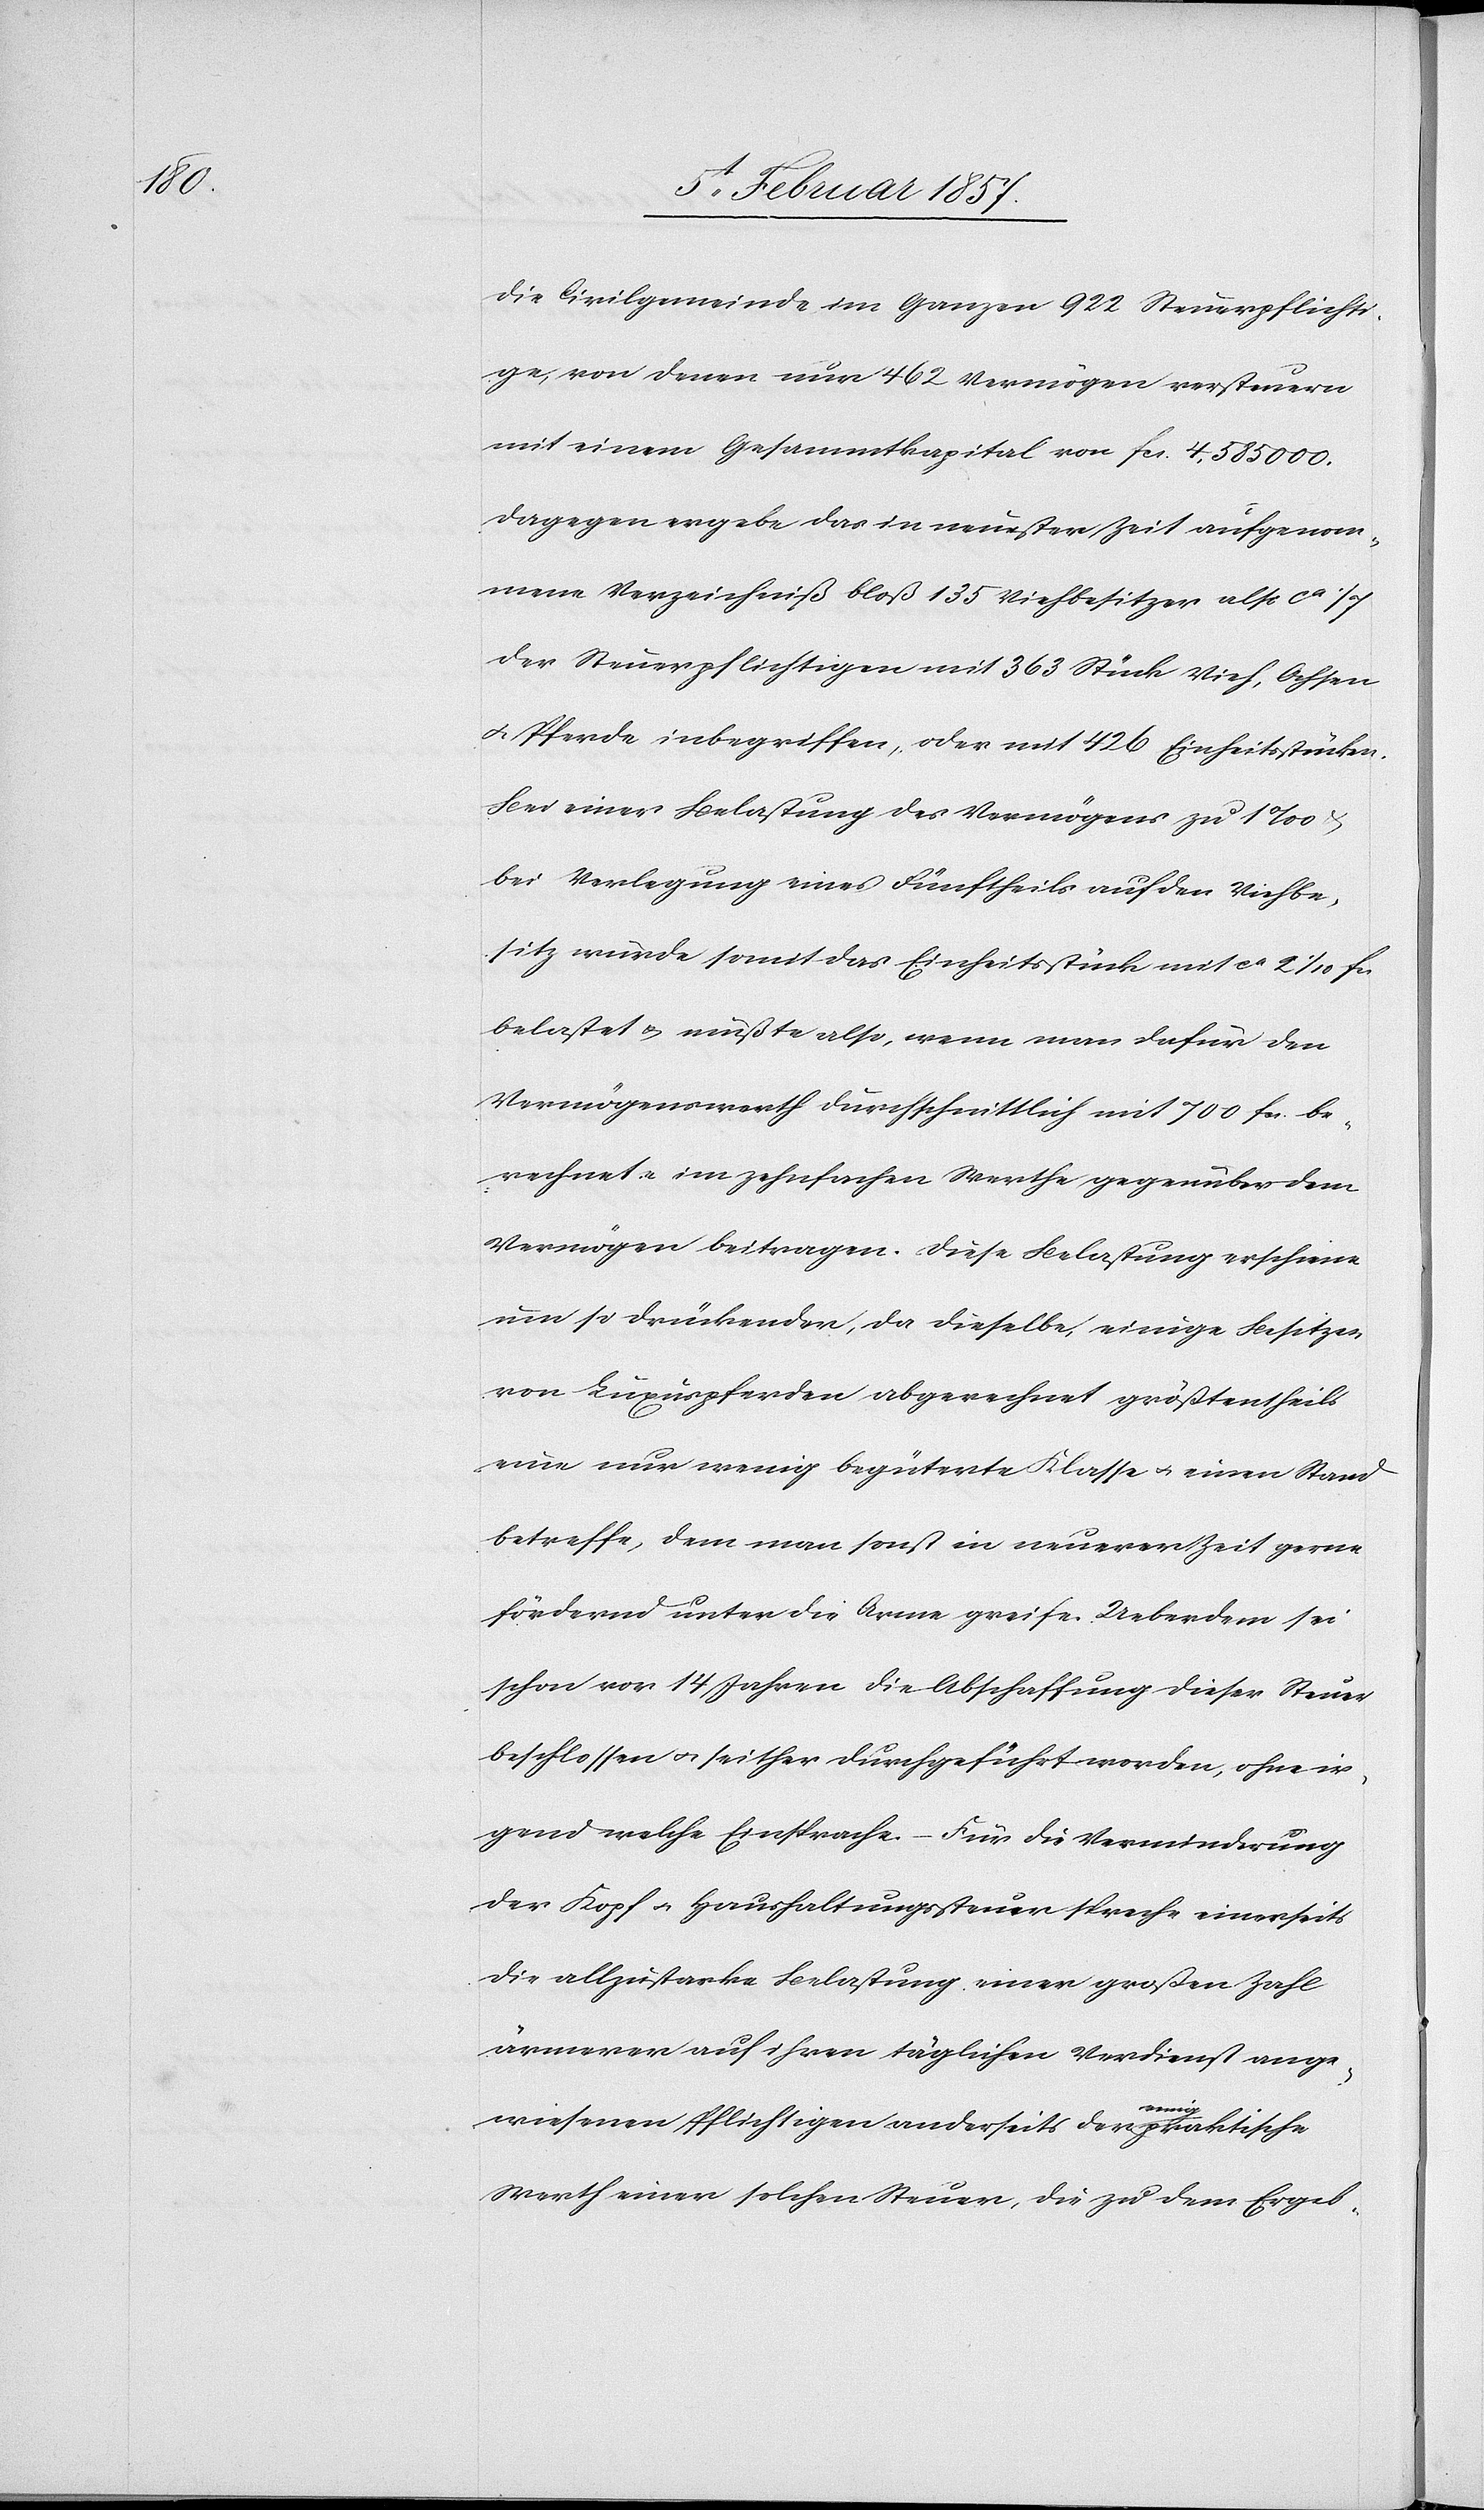
die Civilgemeinde im Ganzen 922 Steuerpflichti¬
ge von denen nur 462 Vermögen versteuern
mit einem Gesammtkapital von fcs. 4,585 000.
Dagegen ergebe das in neuster Zeit aufgenom¬
mene Verzeichniß bloß 135 Viehbesitzer also ca 1/7
der Steuerpflichtigen mit 363 Stück Vieh, Ochsen
u. Pferde inbegriffen, oder mit 426 Einheitsstücken.
Bei einer Belastung des Vermögens zu 1 ‰
Verlegung eines Fünftheils auf den Viehbe¬
sitz wurde somit das Einheitsstück mit ca 2 1/10 fcs
belastet & müßte also, wenn man dafür den
Vermögenswerth durchschnittlich mit 700 fcs. be¬
rechnete im zehnfachen Werthe gegenüber dem
Vermögen beitragen. Diese Belastung erscheine
um so drückender, da dieselbe, einige Besitzer
von Luxuspferden abgerechnet größtentheils
eine nur wenig begüterte Klasse u. einen Stand
betreffe, dem man sonst in neuerer Zeit gerne
fördernd unter die Arme greife. Ueberdem sei
schon vor 14 Jahren die Abschaffung dieser Steuer
beschlossen u. seither durchgeführt worden, ohne ir¬
gend welche Einsprache. – Für die Verminderung
der Kopf u. Haushaltungssteuer spreche einerseits
die allzu starke Belastung einer großen Zahl
ärmerer auf ihren täglichen Verdienst ange¬
wiesenen Pflichtigen anderseits der a-wenig-a praktische
Werth einer solche Steuer, die zu dem Ergeb-